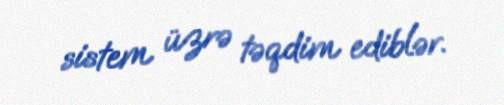
sistem üzrə təqdim ediblər.